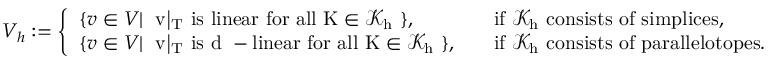
V _ { h } : = \left\{ \begin{array} { l l } { \{ v \in V | \; \mathrm { ~ v | _ T ~ i s ~ l i n e a r ~ f o r ~ a l l ~ K \in \mathcal { K } _ h ~ } \} , } & { \quad \mathrm { i f ~ \mathcal { K } _ h ~ c o n s i s t s ~ o f ~ s i m p l i c e s } , } \\ { \{ v \in V | \; \mathrm { ~ v | _ T ~ i s ~ d ~ - l i n e a r ~ f o r ~ a l l ~ K \in \mathcal { K } _ h ~ } \} , } & { \quad \mathrm { i f ~ \mathcal { K } _ h ~ c o n s i s t s ~ o f ~ p a r a l l e l o t o p e s } . } \end{array} \right.